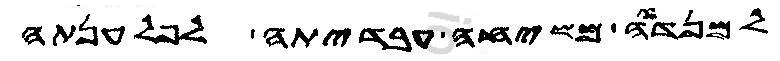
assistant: למנדאה משיחה עבדיידתה לפלענתה